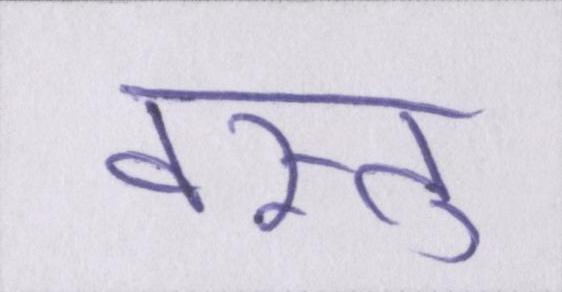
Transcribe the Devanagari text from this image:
वस्तु